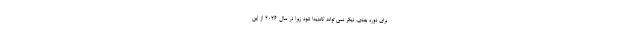
برای دوره بعدی، دیگر نمی تواند کاندیدا شود زیرا در سال 2026 از این